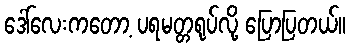
ဒေါ်လေးကတော့ ပရမတ္တရုပ်လို့ ပြောပြတယ်။